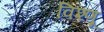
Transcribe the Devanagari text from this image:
विश्णू